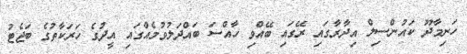
ހަނިމާދޫ ކައުންސިލް އިދާރާގައި ރޭގައި ބޭއްވި ހާއްސަ ބައްދަލުވުމެއްގައި އީދުގެ ހަރަކާތުގެ ބަޖެޓު